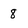
Character: 8